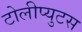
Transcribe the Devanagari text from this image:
टोलीप्युटस